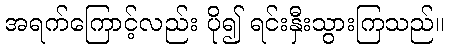
အရက်ကြောင့်လည်း ပို၍ ရင်းနှီးသွားကြသည်။